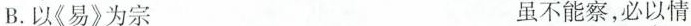
B.\underset{·}{以}(《易》为宗 虽不能察，必\underset{·}{以}情